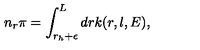
n _ { r } \pi = \int _ { r _ { h } + \epsilon } ^ { L } d r k ( r , l , E ) ,